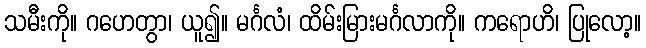
သမီးကို။ ဂဟေတွာ၊ ယူ၍။ မင်္ဂလံ၊ ထိမ်းမြားမင်္ဂလာကို။ ကရောဟိ၊ ပြုလော့။